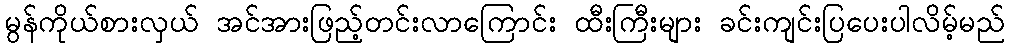
မွန်ကိုယ်စားလှယ် အင်အားဖြည့်တင်းလာကြောင်း ထီးကြီးများ ခင်းကျင်းပြပေးပါလိမ့်မည်